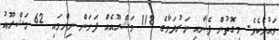
ވައުދެކެވެ. މިގޮތުން ފެނާއި ނަރުދަމާގެ 118 މަޝްރޫއެއް ފަށަން ނިންމައި 62 މަޝްރޫއު